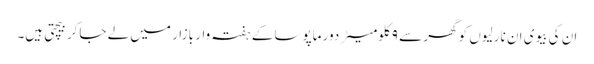
ان کی بیوی ان نارلیوں کو گھر سے ۹ کلومیٹر دور ماپوسا کے ہفتہ وار بازار میں لے جاکر بیچتی ہیں۔